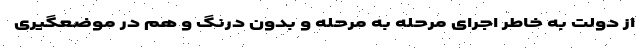
از دولت به خاطر اجرای مرحله به مرحله و بدون درنگ و هم در موضعگیری